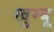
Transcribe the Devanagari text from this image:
खुम्बू